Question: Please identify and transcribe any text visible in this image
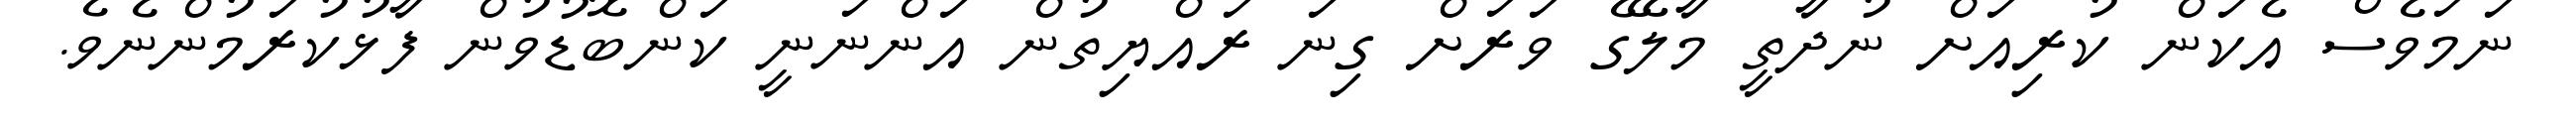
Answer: ނަމަވެސް އެކަން ކުރިއަށް ނުދާތީ މާލޭގެ ވަރަށް ގިނަ ރައްޔިތުން އަންނަނީ ކަންބޮޑުވުން ފާޅުކުރަމުންނެވެ.